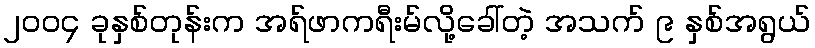
၂၀၀၄ ခုနှစ်တုန်းက အရ်ဖာကရီးမ်လို့ခေါ်တဲ့ အသက် ၉ နှစ်အရွယ်